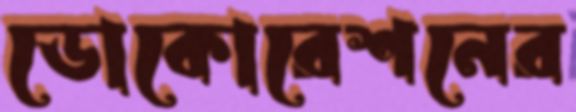
ডোকোরেশনের